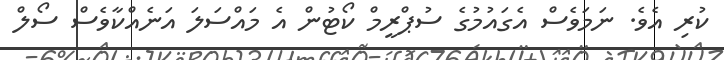
ކުރި އެވެ. ނަމަވެސް އެގައުމުގެ ސުޕްރީމް ކޯޓުން އެ މައްސަލަ އަނެއްކާވެސް ސޯލް